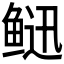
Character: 𩾄